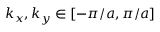
k _ { x } , k _ { y } \in [ - \pi / a , \pi / a ]